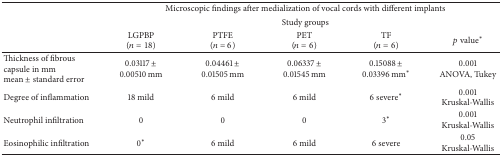
<table><thead><tr><td><b> </b></td><td colspan="5"><b>Microscopic findings after medialization of vocal cords with different implants</b></td></tr><tr><td><b> </b></td><td colspan="5"><b>Study groups</b></td></tr><tr><td><b> </b></td><td><b>LGPBP(<i>n</i> = 18)</b></td><td><b>PTFE(<i>n</i> = 6)</b></td><td><b>PET(<i>n</i> = 6)</b></td><td><b>TF(<i>n</i> = 6)</b></td><td><b><i>p</i> value<sup>∗</sup></b></td></tr></thead><tbody><tr><td>Thickness of fibrous capsule in mmmean ± standard error</td><td>0.03117 ± 0.00510 mm</td><td>0.04461 ± 0.01505 mm</td><td>0.06337 ± 0.01545 mm</td><td>0.15088 ± 0.03396 mm<sup>∗</sup></td><td>0.001ANOVA, Tukey</td></tr><tr><td>Degree of inflammation</td><td>18 mild</td><td>6 mild</td><td>6 mild</td><td>6 severe<sup>∗</sup></td><td>0.001 Kruskal-Wallis</td></tr><tr><td>Neutrophil infiltration</td><td>0</td><td>0</td><td>0</td><td>3<sup>∗</sup></td><td>0.001 Kruskal-Wallis</td></tr><tr><td>Eosinophilic infiltration</td><td>0<sup>∗</sup></td><td>6 mild</td><td>6 mild</td><td>6 severe</td><td>0.05Kruskal-Wallis</td></tr></tbody></table>